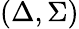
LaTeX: (\Delta,\Sigma)